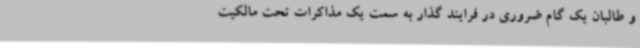
و طالبان یک گام ضروری در فرایند گذار به سمت یک مذاکرات تحت مالکیت